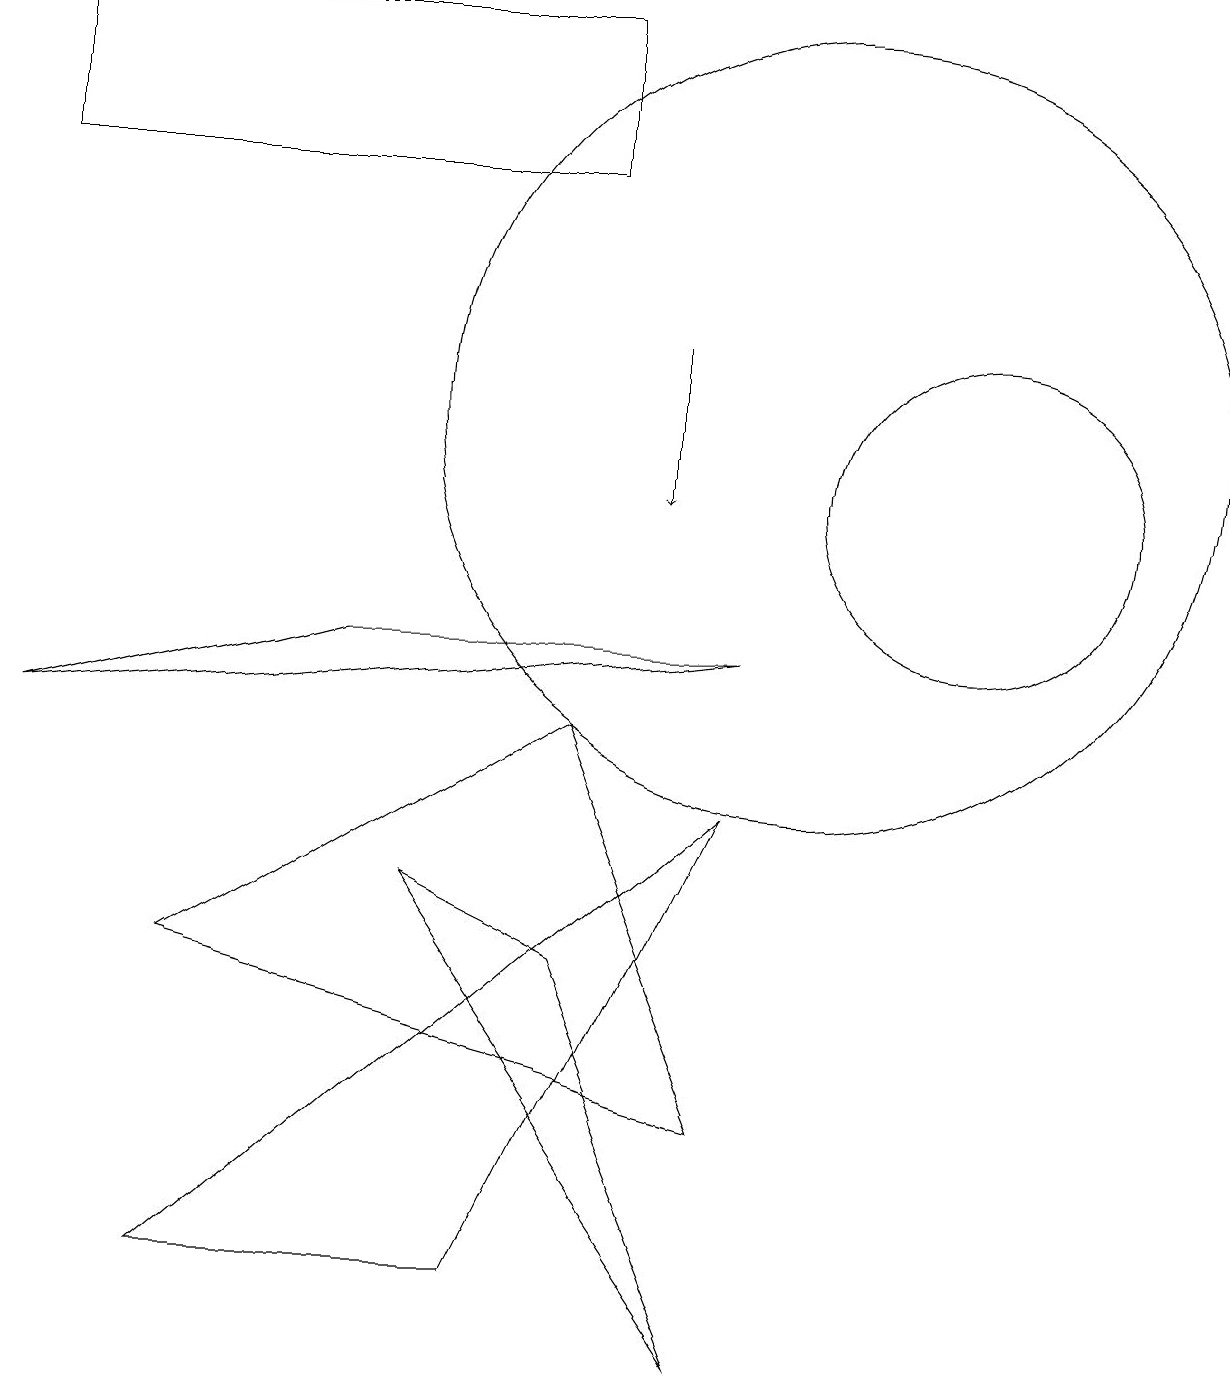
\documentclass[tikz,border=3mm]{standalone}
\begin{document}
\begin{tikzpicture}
\draw[->] (8,13) -- (8,11);
\draw (2,1) -- (6,1) -- (9,7) -- cycle;
\draw (7,15) rectangle (0,17);
\draw (10,12) circle (5);
\draw (12,11) circle (2);
\draw (7,5) -- (5,6) -- (9,0) -- cycle;
\draw (9,3) -- (7,8) -- (2,5) -- cycle;
\draw (4,9) -- (0,8) -- (9,9) -- cycle;
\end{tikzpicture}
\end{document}